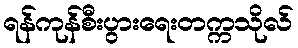
ရန်ကုန်စီးပွားရေးတက္ကသိုလ်